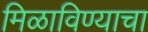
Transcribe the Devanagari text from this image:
मिळाविण्याचा